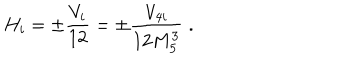
H _ { i } = \pm \frac { V _ { i } } { 1 2 } = \pm \frac { V _ { 4 i } } { 1 2 M _ { 5 } ^ { 3 } } \; .